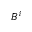
B ^ { i }